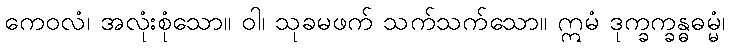
ကေဝလံ၊ အလုံးစုံသော။ ဝါ၊ သုခမဖက် သက်သက်သော။ ဣမံ ဒုက္ခက္ခန္ဓဓမ္မံ၊